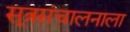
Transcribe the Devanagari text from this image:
सूत्रसंचालनाला